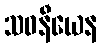
သဝနီယေန